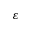
\varepsilon